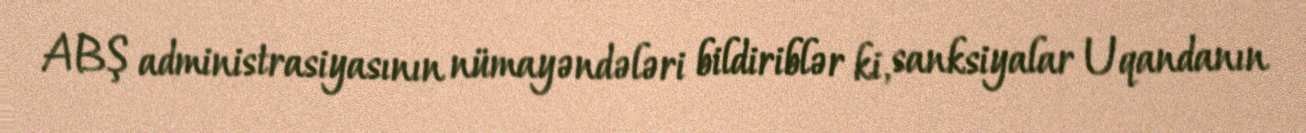
ABŞ administrasiyasının nümayəndələri bildiriblər ki, sanksiyalar Uqandanın